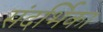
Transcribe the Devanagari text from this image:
संदर्भिका